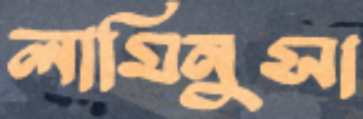
লামিনুসা